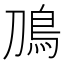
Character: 鳭